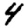
Digit: 4